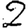
Digit: 2